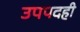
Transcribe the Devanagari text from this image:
उपपदही